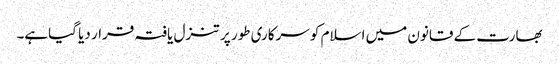
بھارت کے قانون میں اسلام کو سرکاری طور پر تنزل یافتہ قرار دیا گیاہے۔